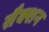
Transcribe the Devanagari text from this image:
सैक्शन